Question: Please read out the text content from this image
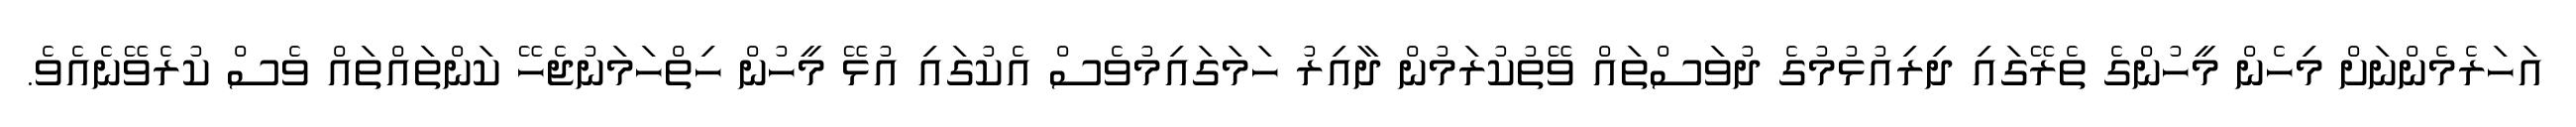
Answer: އަހަރެމެންނަށް މިހެން މީހުންގެ ތެރޭގައި ދިރިއުޅުމުގެ ދުވަސްތައް ވޭތުކުރަމުން ދާއިރު ހަމަގައިމުވެސް އެކުގައި އުޅޭ މީހުން ހިތްހަމަނުޖެހޭ ކަންތައްތައް ވެސް ކުރެވޭނެއެވެ.